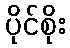
ပိုင်စိုး